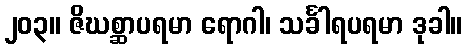
၂၀၃။ ဇိဃစ္ဆာပရမာ ရောဂါ၊ သင်္ခါရပရမာ ဒုခါ။